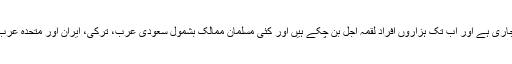
خیال رہے کہ دنیا بھر میں کورونا وائرس سے ہلاکتوں کا سلسلہ جاری ہے اور اب تک ہزاروں افراد لقمہ اجل بن چکے ہیں اور کئی مسلمان ممالک بشمول سعودی عرب، ترکی، ایران اور متحدہ عرب امارات مساجد میں نماز کی ادائیگی پر پابندی عائد کرچکے ہیں ۔